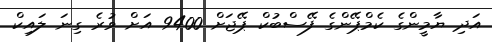
އަދި ޔާމީންގެ ކެމްޕޭންގެ ފޭސްބުކް ޕޭޖަށް 9400 އަށް ވުރެ ގިނަ ލައިކް